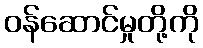
ဝန်ဆောင်မှုတို့ကို